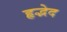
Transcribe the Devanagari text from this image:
हृद्भेद